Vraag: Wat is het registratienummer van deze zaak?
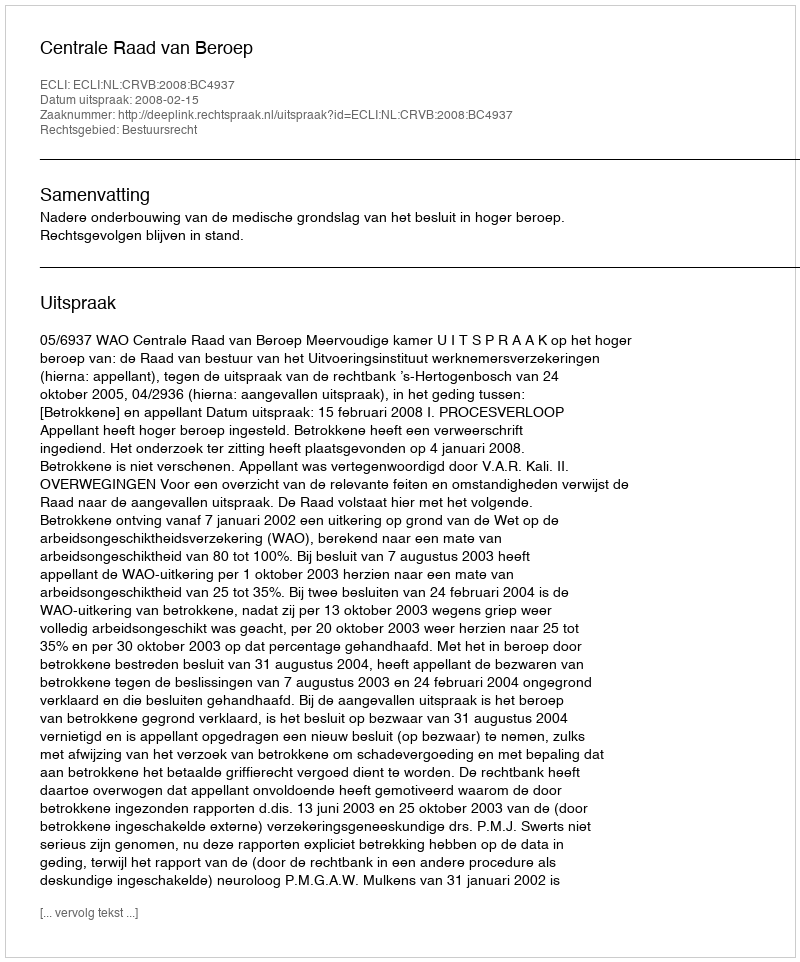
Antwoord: http://deeplink.rechtspraak.nl/uitspraak?id=ECLI:NL:CRVB:2008:BC4937